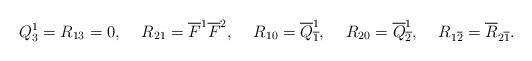
LaTeX: \begin{align*}&Q^1_{3}=R_{13}=0,&R_{21}=\overline{F}^1\overline{F}^2,&&R_{10}=\overline{Q}^1_{\overline{1}},&&R_{20}=\overline{Q}^1_{\overline{2}},&&&R_{1\overline{2}}=\overline{R}_{2\overline{1}}.\end{align*}